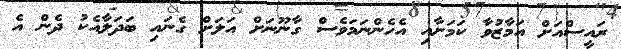
ރައީސްއަށް އަމާޒުވާ ކަމަށާއި އެހެންނަމަވެސް ގާނޫނަށް އަލަށް ގެނައި ބަދަލާއެކު ދެން އެ